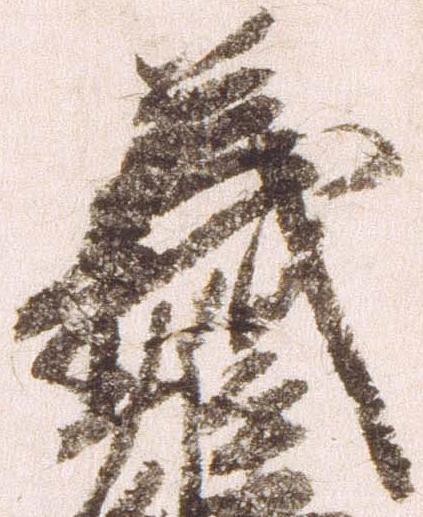
義